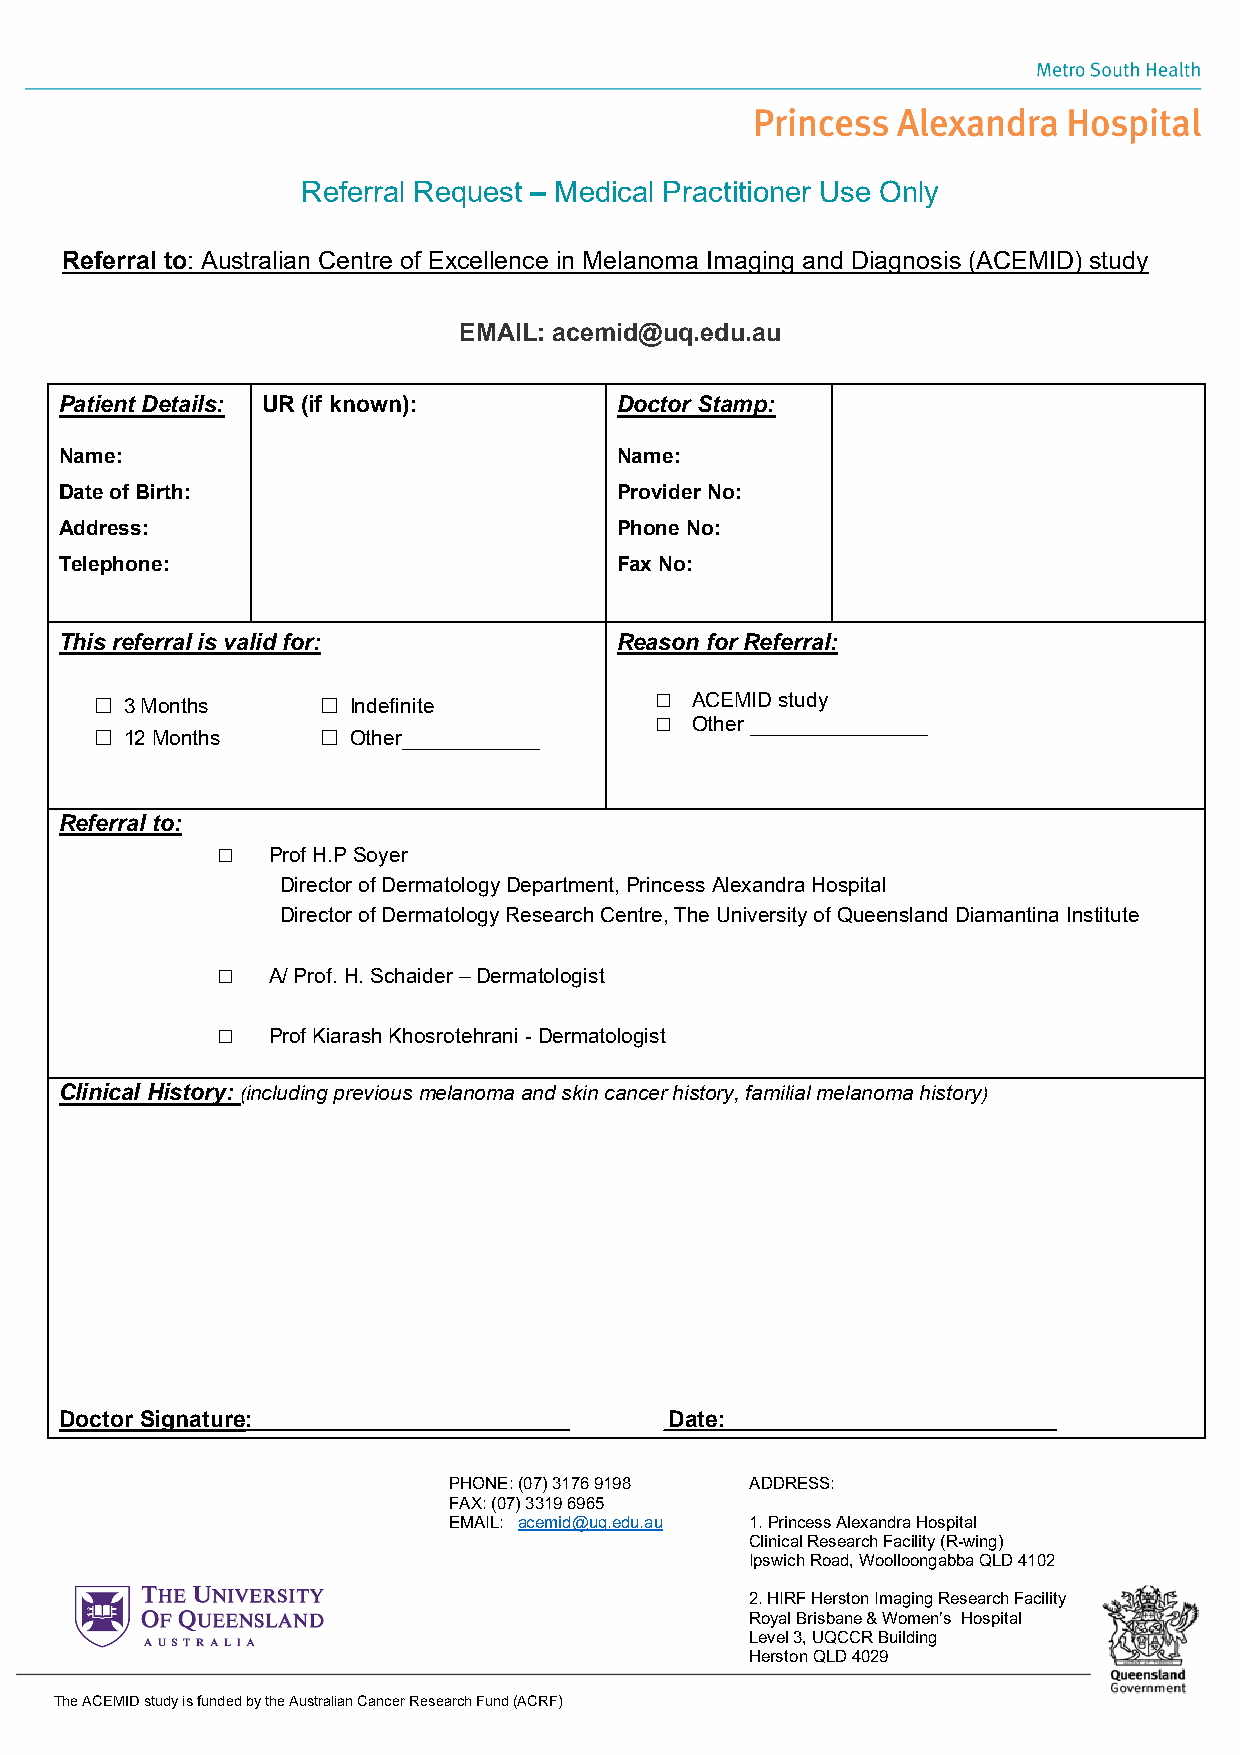
Referral Request – Medical Practitioner Use Only
 Referral to: Australian Centre of Excellence in Melanoma Imaging and Diagnosis (ACEMID) study
 EMAIL: acemid@uq.edu.au
 Patient Details: UR (if known):      Doctor Stamp:
 Name:                                Name:
 Date of Birth:                       Provider No:
 Address:                             Phone No:
 Telephone:                           Fax No:
 This referral is valid for:          Reason for Referral:
  3 Months      Indefinite            ACEMID study
   Other _________________
  12 Months     Other____________
 Referral to:
    Prof H.P Soyer
 Director of Dermatology Department, Princess Alexandra Hospital
 Director of Dermatology Research Centre, The University of Queensland Diamantina Institute
    A/ Prof. H. Schaider – Dermatologist
    Prof Kiarash Khosrotehrani - Dermatologist
 Clinical History: (including previous melanoma and skin cancer history, familial melanoma history)
 Doctor Signature:                       Date:
 PHONE: (07) 3176 9198 ADDRESS:
 FAX: (07) 3319 6965
 EMAIL: acemid@uq.edu.au 1. Princess Alexandra Hospital
 Clinical Research Facility (R-wing)
 Ipswich Road, Woolloongabba QLD 4102
 2. HIRF Herston Imaging Research Facility
 Royal Brisbane & Women’s Hospital
 Level 3, UQCCR Building
 Herston QLD 4029
 The ACEMID study is funded by the Australian Cancer Resea rch Fund (ACRF) Page 2 of 2